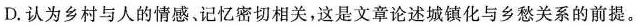
D.认为乡村与人的情感、记忆密切相关，这是文章论述城镇化与乡愁关系的前提。